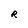
Character: R